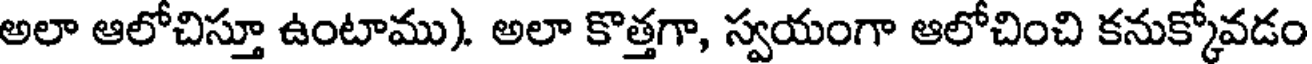
అలా ఆలోచిస్తూ ఉంటాము). అలా కొత్తగా, స్వయంగా ఆలోచించి కనుక్కోవడం